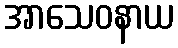
အာသေဝနာယ